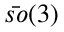
\bar { s o } ( 3 )